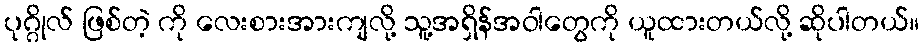
ပုဂ္ဂိုလ် ဖြစ်တဲ့ ကို လေးစားအားကျလို့ သူ့အရှိန်အဝါတွေကို ယူထားတယ်လို့ ဆိုပါတယ်။